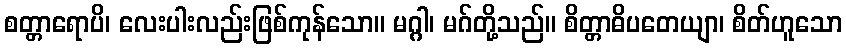
စတ္တာရောပိ၊ လေးပါးလည်းဖြစ်ကုန်သော။ မဂ္ဂါ၊ မဂ်တို့သည်။ စိတ္တာဓိပတေယျာ၊ စိတ်ဟူသော